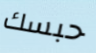
حبسك